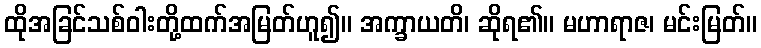
ထိုအခြင်သစ်ဝါးတို့ထက်အမြတ်ဟူ၍။ အက္ခာယတိ၊ ဆိုရ၏။ မဟာရာဇ၊ မင်းမြတ်။